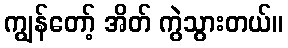
ကျွန်တော့် အိတ် ကွဲသွားတယ်။